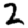
Digit: 2